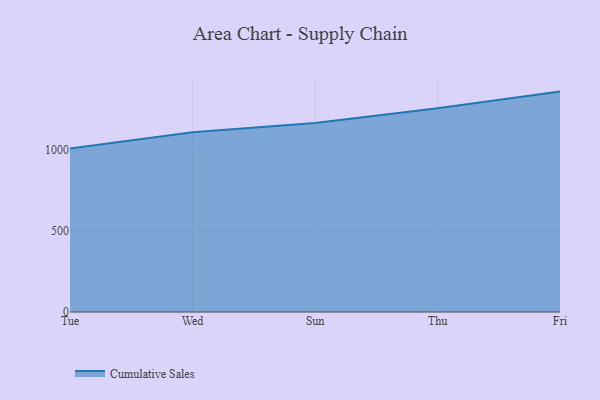
{"axis": {"x": "Day", "y": "Energy Usage (MWh)"}, "legend": ["Cumulative Sales"], "data": [{"x": "Tue", "y": 1010.7, "type": "Cumulative Sales"}, {"x": "Wed", "y": 1110.4, "type": "Cumulative Sales"}, {"x": "Sun", "y": 1167.5, "type": "Cumulative Sales"}, {"x": "Thu", "y": 1258.8, "type": "Cumulative Sales"}, {"x": "Fri", "y": 1362.1, "type": "Cumulative Sales"}]}